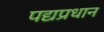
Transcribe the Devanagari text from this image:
पद्यप्रधान